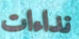
نداءات